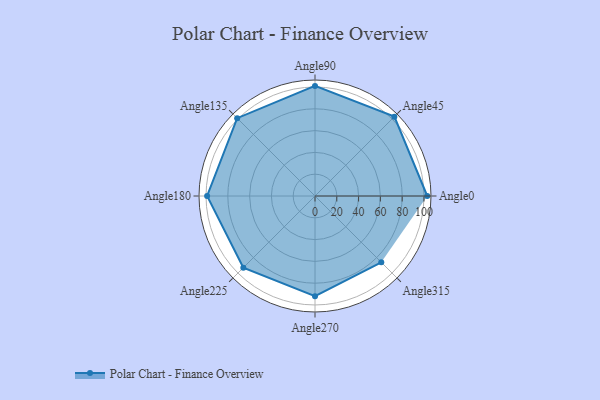
{"axis": {"x": "Angle", "y": "Radius"}, "legend": [""], "data": [{"x": "Angle0", "y": 103.0, "type": ""}, {"x": "Angle45", "y": 103.0, "type": ""}, {"x": "Angle90", "y": 101.0, "type": ""}, {"x": "Angle135", "y": 101.0, "type": ""}, {"x": "Angle180", "y": 99.0, "type": ""}, {"x": "Angle225", "y": 93.0, "type": ""}, {"x": "Angle270", "y": 92.0, "type": ""}, {"x": "Angle315", "y": 86.0, "type": ""}]}